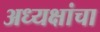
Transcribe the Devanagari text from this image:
अध्यक्षांचा